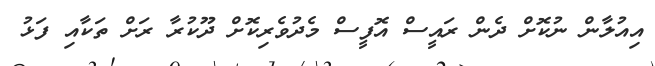
އިއުލާން ނުކޮށް ދެން ރައީސް އޮފީސް މެދުވެރިކޮށް ދޫކުރާ ރަށް ތަކާއި ފަޅު